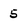
Character: 5